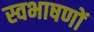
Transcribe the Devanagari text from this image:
स्वभाषणों